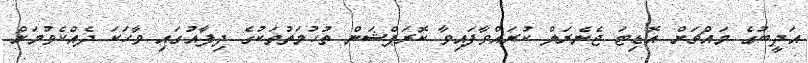
އަދީބުގެ މައްޗަށް އޮޑިޓަ ޖެނެރަލް ކުރައްވާފައިވާ ކޮރަޕްޝަން ތުހުމަތުތަކުގެ ދިފާއުގައި ވާހަކަ ދެއްކެވުމަށް